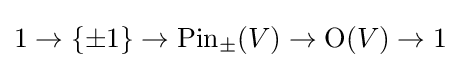
1\to \{\pm 1\}\to {\mbox{Pin}}_{\pm }(V)\to \mathrm {O} (V)\to 1